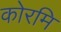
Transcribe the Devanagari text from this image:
कोरमि